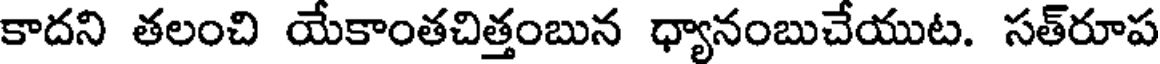
కాదని తలంచి యేకాంతచిత్తంబున ధ్యానంబుచేయుట. సత్రూప